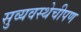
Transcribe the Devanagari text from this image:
सुव्यवस्थेचीपण